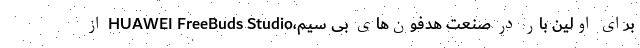
برای اولین بار در صنعت هدفون‌های بی سیم،HUAWEI FreeBuds Studio از